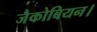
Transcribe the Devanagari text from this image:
जैकोबियन।